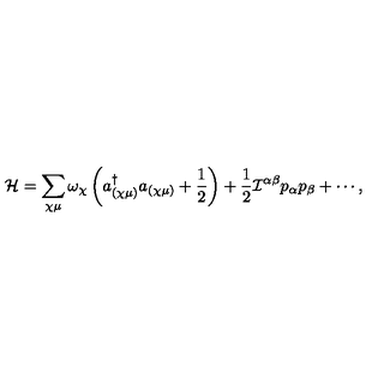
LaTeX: { \cal H } = \sum _ { \chi \mu } \omega _ { \chi } \left( a _ { ( \chi \mu ) } ^ { \dag } a _ { ( \chi \mu ) } + \frac { 1 } { 2 } \right) + \frac { 1 } { 2 } { \cal I } ^ { \alpha \beta } p _ { \alpha } p _ { \beta } + \cdots ,